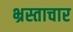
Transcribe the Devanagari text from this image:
भ्रस्ताचार